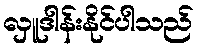
လှူဒါန်းနိုင်ပါသည်